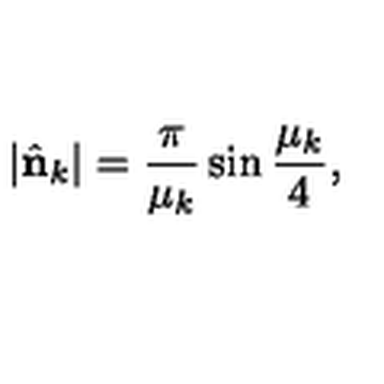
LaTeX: | \hat { \bf n } _ { k } | = { \frac { \pi } { \mu _ { k } } } \sin { \frac { \mu _ { k } } { 4 } } ,